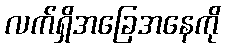
လက်ရှိအခြေအနေကို